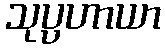
သုပ္ပဟာယာ